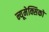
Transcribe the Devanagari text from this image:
न्यूमेक्सिको